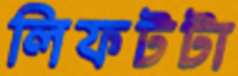
লিফটটা